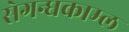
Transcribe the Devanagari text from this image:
सेगन्धकाम्ल